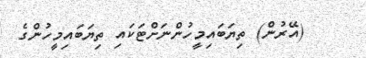
(އޭރުން) ތިޔަބައިމީހުންނަށްޓަކައި ތިޔަބައިމީހުންގެ